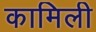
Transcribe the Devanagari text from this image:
कामिली